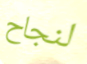
لنجاح